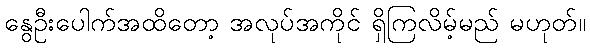
နွေဦးပေါက်အထိတော့ အလုပ်အကိုင် ရှိကြလိမ့်မည် မဟုတ်။